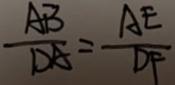
\frac { A B } { D A } = \frac { A E } { D F }